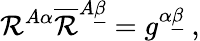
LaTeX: \mathcal{R}^{A\alpha}\overline{{{\mathcal{R}}}}^{A\underline{{{\beta}}}}=g^{\alpha\underline{{{\beta}}}}\ ,